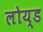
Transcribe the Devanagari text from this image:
लोय्ड